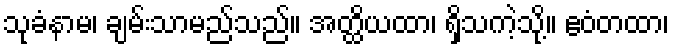
သုခံနာမ၊ ချမ်းသာမည်သည်။ အတ္ထိယထာ၊ ရှိသကဲ့သို့။ ဧဝံတထာ၊